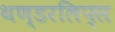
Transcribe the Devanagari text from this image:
थण्डरलिप्स